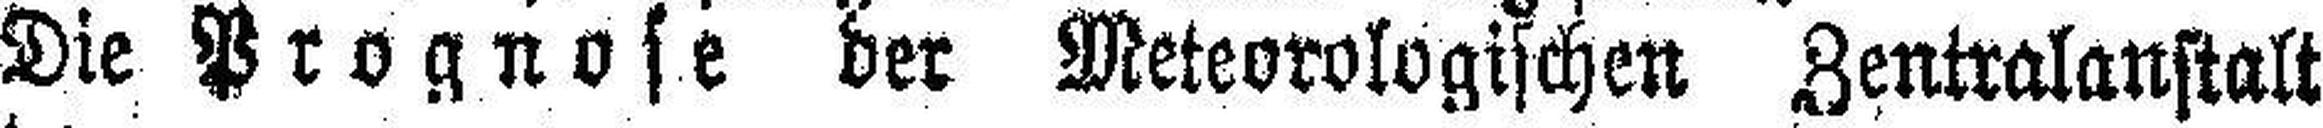
Die Prognose der Meteorologischen Zentralanstalt